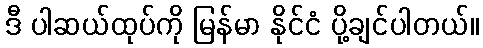
ဒီ ပါဆယ်ထုပ်ကို မြန်မာ နိုင်ငံ ပို့ချင်ပါတယ်။